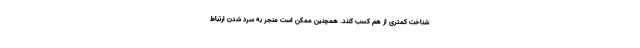
شناخت کمتری از هم کسب کنند. همچنین ممکن است منجر به سرد شدن ارتباط